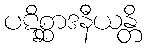
ပဋိစ္ဆာဒနီယန္တိ